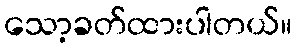
သော့ခတ်ထားပါတယ်။